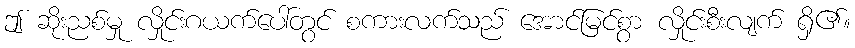
ဤ ဆိုးညစ်မှု လှိုင်းဂယက်ပေါ်တွင် စကားလက်သည် အောင်မြင်စွာ လှိုင်းစီးလျက် ရှိ၏။